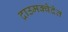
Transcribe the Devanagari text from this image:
द्राउमक्वेदेत